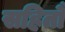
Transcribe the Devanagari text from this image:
सहितौ